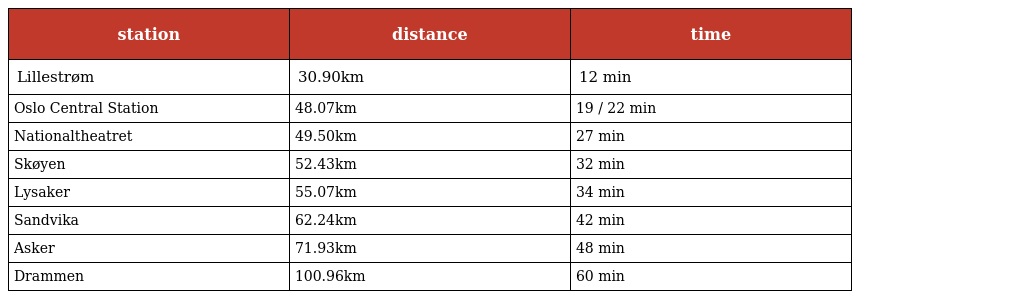
| station | distance | time |
 | --- | --- | --- |
 | Lillestrøm | 30.90km | 12 min |
 | Oslo Central Station | 48.07km | 19 / 22 min |
 | Nationaltheatret | 49.50km | 27 min |
 | Skøyen | 52.43km | 32 min |
 | Lysaker | 55.07km | 34 min |
 | Sandvika | 62.24km | 42 min |
 | Asker | 71.93km | 48 min |
 | Drammen | 100.96km | 60 min |